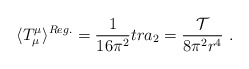
\begin{align*}\langle T^\mu_\mu\rangle ^{Reg.}=\frac1{16\pi^2}tr a_2=\frac {\cal{T}}{8\pi^2r^4}\ .\end{align*}